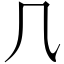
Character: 𠘨